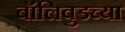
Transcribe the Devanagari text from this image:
बॉलिवुडच्या